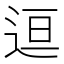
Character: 𬨤